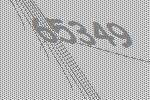
65349